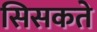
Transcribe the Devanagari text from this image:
सिसकते